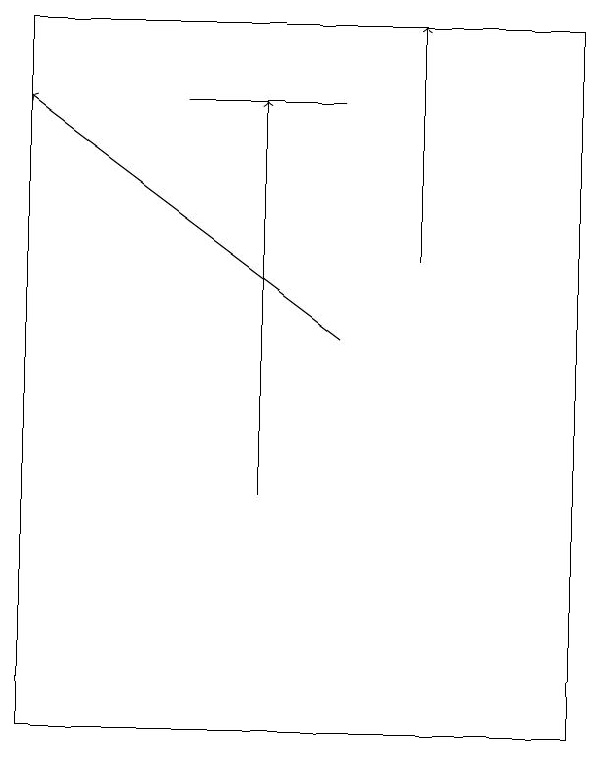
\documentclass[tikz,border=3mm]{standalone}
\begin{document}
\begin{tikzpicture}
\draw (6,18) rectangle (4,18);
\draw (9,10) rectangle (2,19);
\draw (2,17) rectangle (2,17);
\draw[->] (7,16) -- (7,19);
\draw[->] (5,13) -- (5,18);
\draw[->] (6,15) -- (2,18);
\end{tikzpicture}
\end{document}